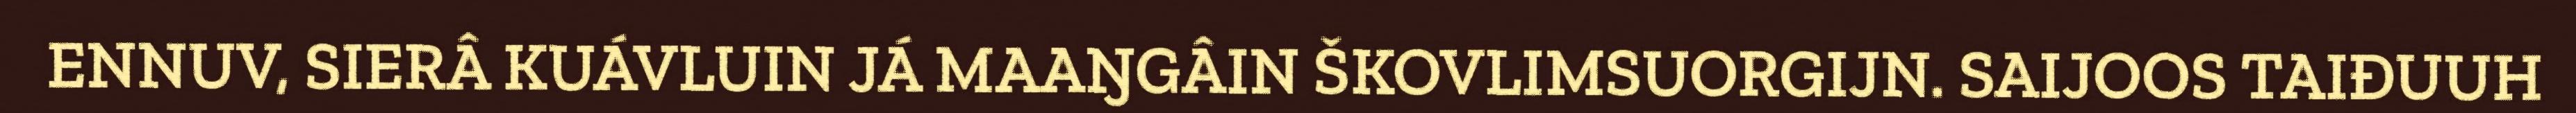
ENNUV, SIERÂ KUÁVLUIN JÁ MAAŊGÂIN ŠKOVLIMSUORGIJN. SAIJOOS TAIĐUUH